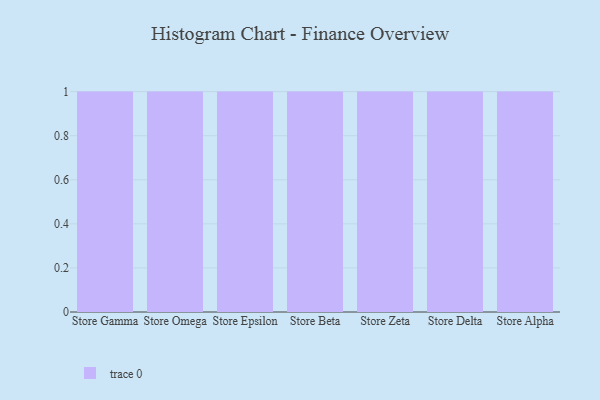
{"axis": {"x": "Store", "y": "Budget (USD K)"}, "legend": [""], "data": [{"x": "Store Gamma", "y": 64, "type": ""}, {"x": "Store Omega", "y": 59, "type": ""}, {"x": "Store Epsilon", "y": 37, "type": ""}, {"x": "Store Beta", "y": 52, "type": ""}, {"x": "Store Zeta", "y": 5, "type": ""}, {"x": "Store Delta", "y": 52, "type": ""}, {"x": "Store Alpha", "y": 4, "type": ""}]}